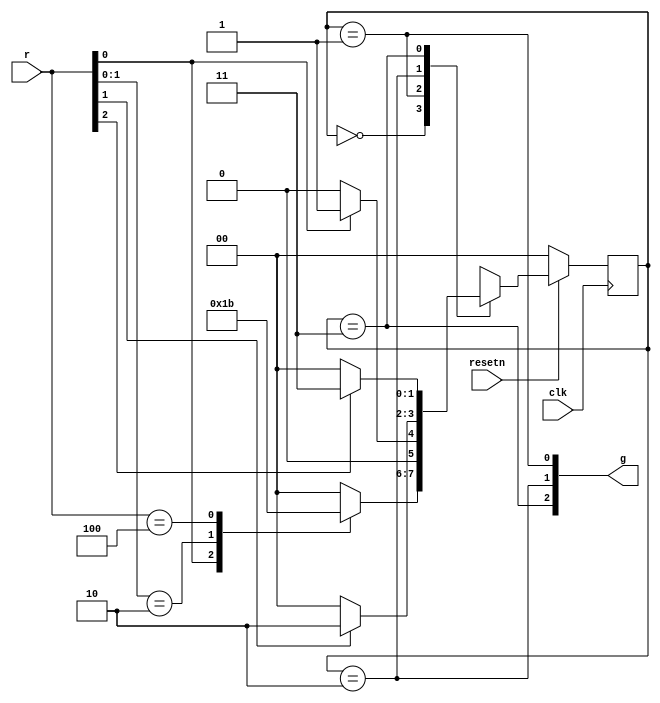
module top_module (
    input clk,
    input resetn,    // active-low synchronous reset
    input [3:1] r,   // request
    output [3:1] g   // grant
); 
    
    parameter A = 0 , B = 1 , C = 2 , D = 3 ;
    reg [1:0] cstate , nstate ;
    
    always @(posedge clk) begin
        if(!resetn) begin
            cstate <= A ;
        end
        else begin
            cstate <= nstate ;
        end
    end
    
    always @(*) begin
        case (cstate) 
            A : begin
                casex(r)
                    3'bxx1 : nstate = B ;
                    3'bx10 : nstate = C ;
                    3'b100 : nstate = D ;
                    default : nstate = A ;
                endcase
            end
            B : nstate = r[1] ? B : A ;
            C : nstate = r[2] ? C : A ;
            D : nstate = r[3] ? D : A ;
        endcase
    end

    assign g = {cstate == D , cstate == C ,cstate == B} ;
    
endmodule